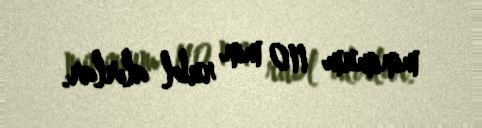
minimum 110 min rubl alırlar.